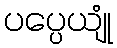
ပပ္ပေယျုံ